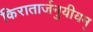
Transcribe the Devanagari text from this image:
किरातार्जनुयीयम्‌